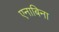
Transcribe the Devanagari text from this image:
एनाबिना